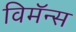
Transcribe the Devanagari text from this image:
विमॅन्स